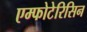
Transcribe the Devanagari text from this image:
एम्फोटेरिसिन